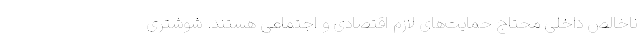
ناخالص داخلی محتاج حمایت‌های لازم اقتصادی و اجتماعی هستند. شوشتری